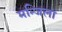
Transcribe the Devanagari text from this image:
मन्जिला